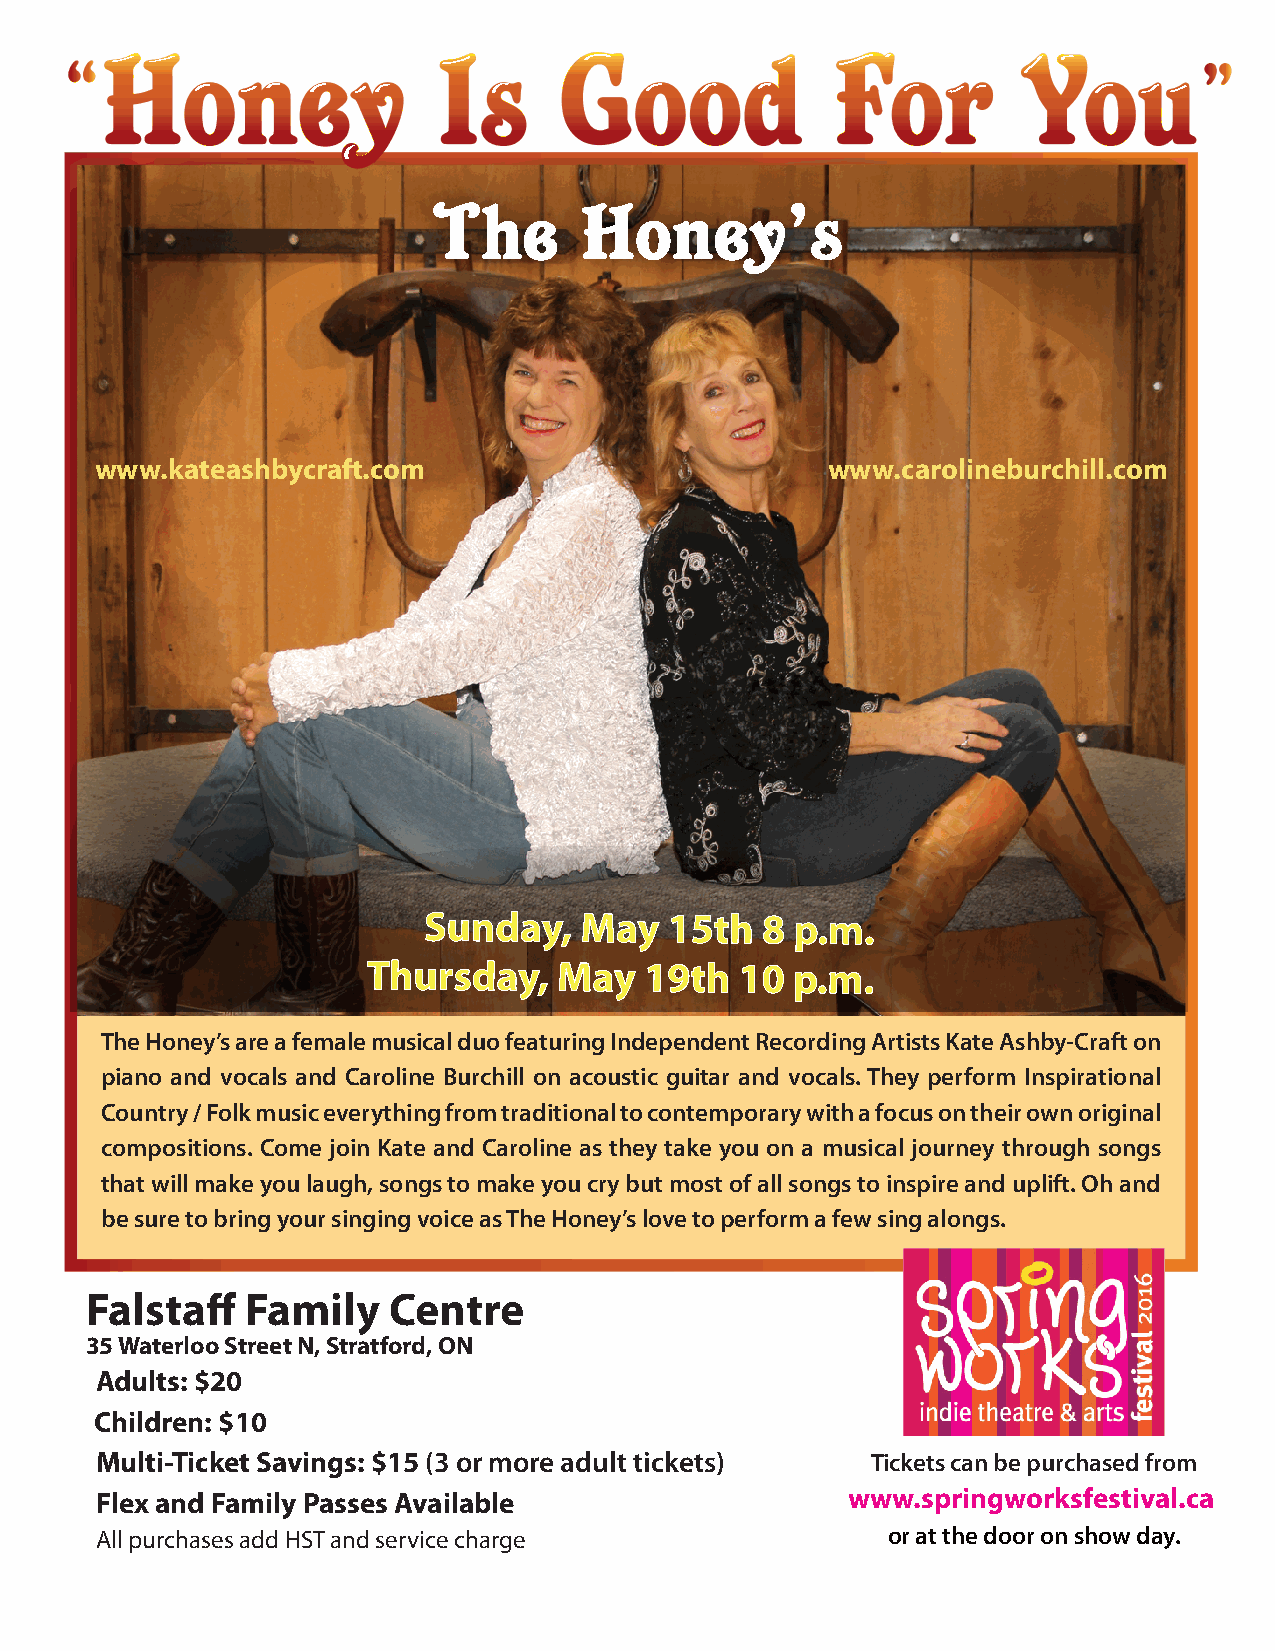
The      Honey’s
 www.kateashbycraft.com                           www.carolineburchill.com
 Sunday,   May   15th  8  p.m.
 Thursday,    May   19th  10  p.m.
 The Honey’s are a female musical duo featuring Independent Recording Artists Kate Ashby-Craft on
 piano and vocals and Caroline Burchill on acoustic guitar and vocals. They perform Inspirational
 Country / Folk music everything from traditional to contemporary with a focus on their own original
 compositions. Come join Kate and Caroline as they take you on a musical journey through songs
 that will make you laugh, songs to make you cry but most of all songs to inspire and uplift. Oh and
 be sure to bring your singing voice as The Honey’s love to perform a few sing alongs.
 Falstaff  Family    Centre
 35 Waterloo Street N, Stratford, ON
 Adults: $20
 Children: $10
 Multi-Ticket Savings: $15 (3 or more adult tickets) Tickets can be purchased from
 Flex and Family Passes Available                  www.springworksfestival.ca
 All purchases add HST and service charge             or at the door on show day.